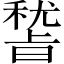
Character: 𥡞